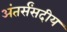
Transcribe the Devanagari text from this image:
अंतर्संसदीय